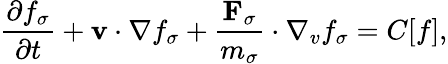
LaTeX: \frac{\partial f_{\sigma}}{\partial t}+{\mathbf v}\cdot\nabla f_{\sigma}+\frac{{\mathbf F}_{\sigma}}{m_{\sigma}}\cdot\nabla_{v}f_{\sigma}=C[f],